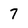
Character: 7